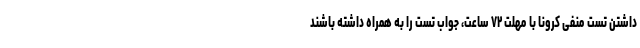
داشتن تست منفی کرونا با مهلت ۷۲ ساعت، جواب تست را به همراه داشته باشند